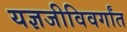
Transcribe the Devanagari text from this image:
यज्ञजीविवर्गांत